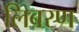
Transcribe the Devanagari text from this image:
लिबरण